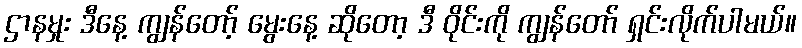
ဌာနမှုး ဒီနေ့ ကျွန်တော့် မွေးနေ့ ဆိုတော့ ဒီ ဝိုင်းကို ကျွန်တော် ရှင်းလိုက်ပါမယ်။